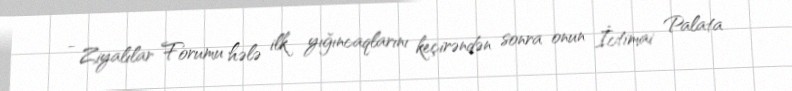
- Ziyalılar Forumu hələ ilk yığıncaqlarını keçirəndən sonra onun İctimai Palata